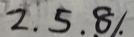
2 . 5 . 8 .